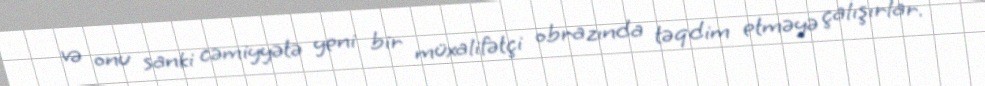
və onu sanki cəmiyyətə yeni bir müxalifətçi obrazında təqdim etməyə çalışırlar.